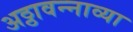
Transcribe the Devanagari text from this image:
अठ्ठावन्नाव्या